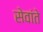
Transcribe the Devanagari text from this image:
सेवांते